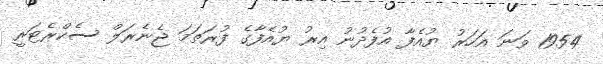
1954 ވަނަ އަހަރު ޔުއެފާ އުފެދުނު އިރު ޔުއެފާގެ ފުރަތަމަ ޖެނެރަލް ސެކްރެޓަރީ